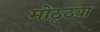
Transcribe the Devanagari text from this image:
मोठ्ठ्या